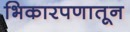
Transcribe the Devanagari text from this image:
भिकारपणातून